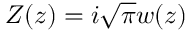
Z ( z ) = i \sqrt { \pi } w ( z )